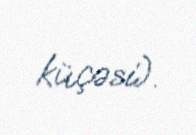
küçəsi).